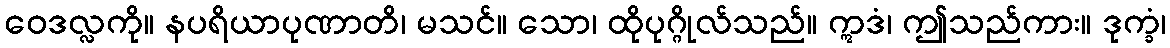
ဝေဒလ္လကို။ နပရိယာပုဏာတိ၊ မသင်။ သော၊ ထိုပုဂ္ဂိုလ်သည်။ ဣဒံ၊ ဤသည်ကား။ ဒုက္ခံ၊